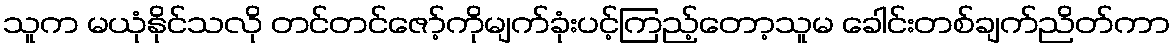
သူက မယုံနိုင်သလို တင်တင်ဇော့်ကိုမျက်ခုံးပင့်ကြည့်တော့သူမ ခေါင်းတစ်ချက်ညိတ်ကာ